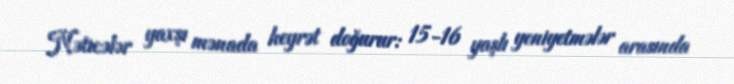
Nəticələr yaxşı mənada heyrət doğurur: 15-16 yaşlı yeniyetmələr arasında